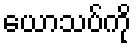
ယောသပ်ကို